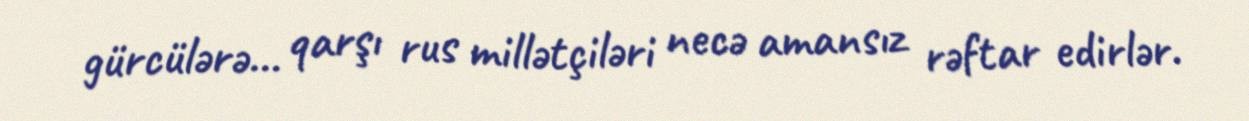
gürcülərə... qarşı rus millətçiləri necə amansız rəftar edirlər.